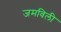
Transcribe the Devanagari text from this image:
जमविली